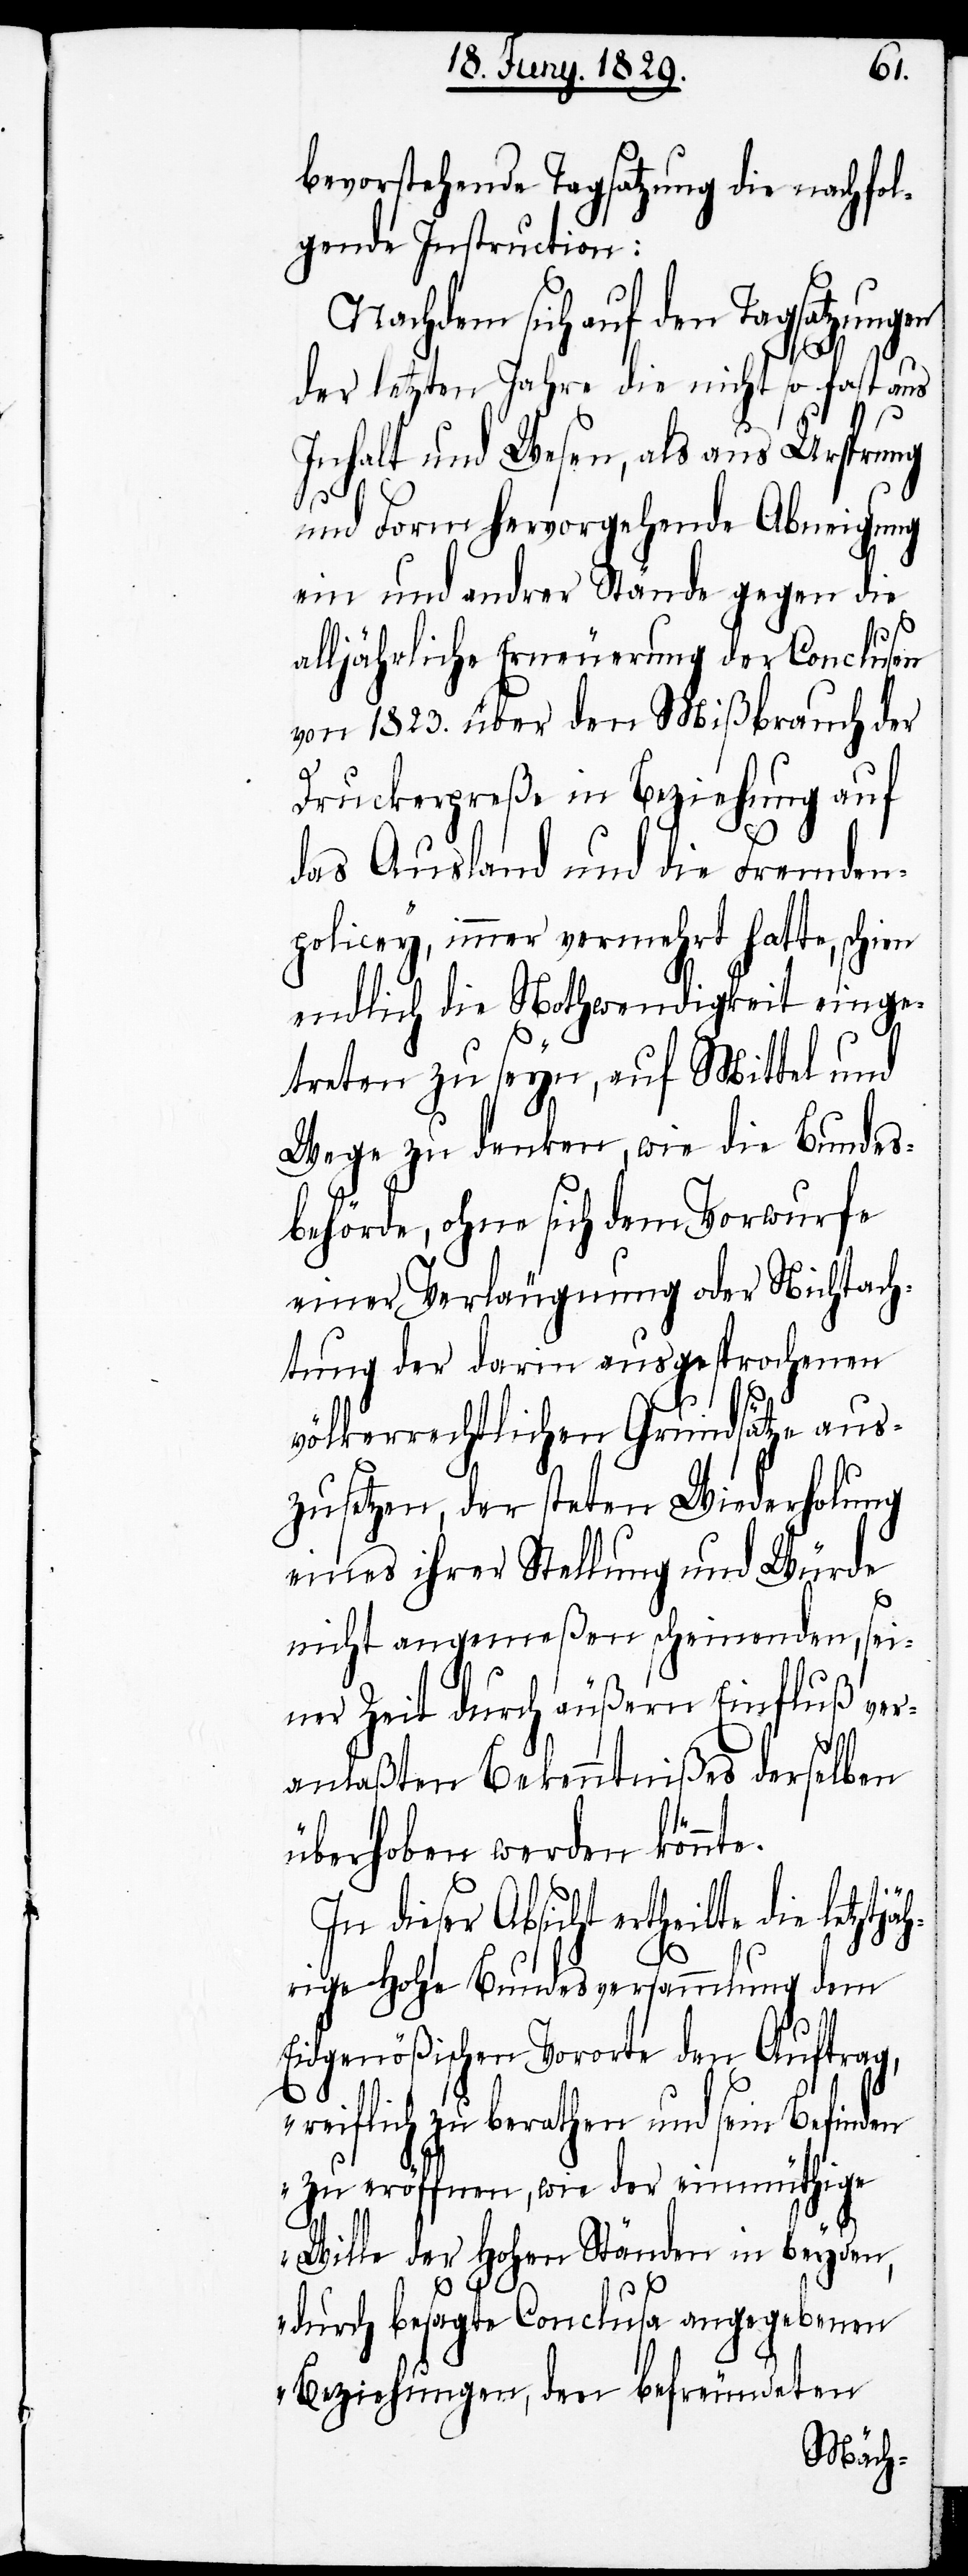
bevorstehende Tagsatzung die nachfol¬
gende Instruction:
Nachdem sich auf den Tagsatzungen
der letzten Jahre die nicht so fast aus
Inhalt und Wesen, als aus Ursprung
und Form hervorgehende Abneigung
ein und andrer Stände gegen die
alljährliche Erneuerung der Conclusen
von 1823. über den Mißbrauch der
Druckerpreße in Beziehung auf
das Ausland und die Fremden¬
policey, immer vermehrt hatte, schi¬
endlich die Nothwendigkeit einge¬
treten zu seyn, auf Mittel und
Wege zu denken, wie die Bundes¬
behörde, ohne sich dem Vorwurfe
einer Verläugnung oder Nichtach¬
tung der darin ausgesprochenen
völkerrechtlichen Grundsätze aus¬
zusetzen, der steten Wiederholung
eines ihrer Stellung und Würde
nicht angemeßen scheinenden, sei¬
ner Zeit durch äußern Einfluß ver¬
anlaßten Bekenntnißes derselben
überhoben werden könnte.
In dieser Absicht ertheilte die letztj¬
rige Hohe Bundesversammlung dem
Eidgenößischen Vororte den Auftrag,
„reiflich zu berathen und sein Befinden
zu eröffnen, wie der einmüthige
Wille der Hohen Stände in beyden,
äh¬
durch besagte Conclusa angegebenen
Beziehungen, den befreundeten